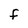
Character: f